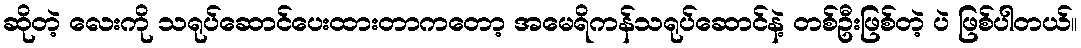
ဆိုတဲ့ လေးကို သရုပ်ဆောင်ပေးထားတာကတော့ အမေရိကန်သရုပ်ဆောင်နဲ့ တစ်ဦးဖြစ်တဲ့ ပဲ ဖြစ်ပါတယ်။